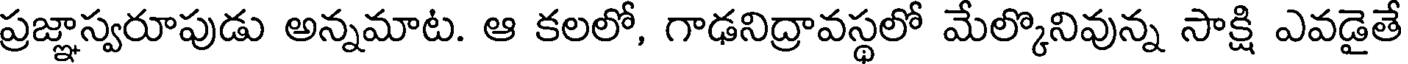
ప్రజ్ఞాస్వరూపుడు అన్నమాట. ఆ కలలో, గాఢనిద్రావస్థలో మేల్కొనివున్న సాక్షి ఎవడైతే